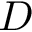
D